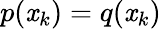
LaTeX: p(\mathit{x}_{k})=q(\mathit{x}_{k})